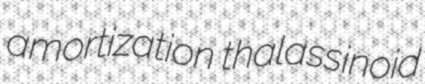
amortization thalassinoid